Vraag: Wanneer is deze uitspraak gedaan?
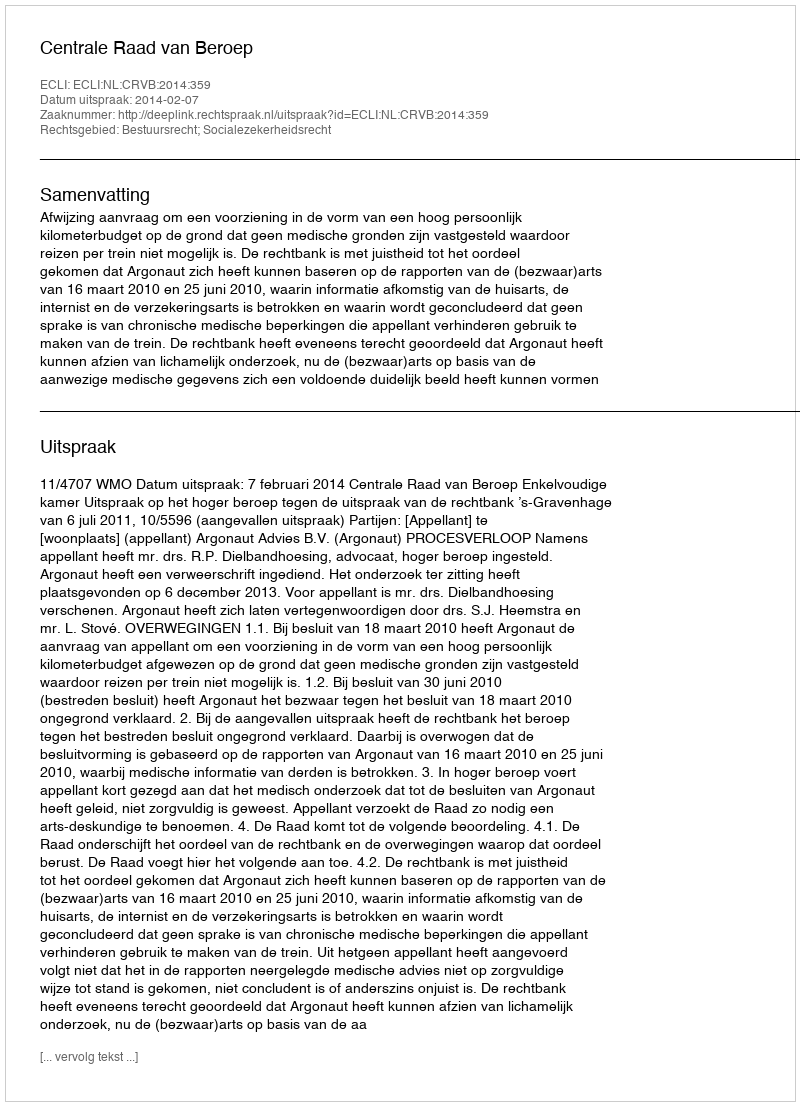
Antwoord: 2014-02-07